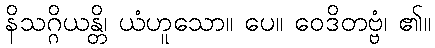
နိသဂ္ဂိယန္တိ၊ ယံဟူသော။ ပေ။ ဝေဒိတဗ္ဗံ၊ ၏။